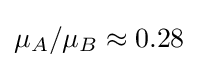
\mu _{A}/\mu _{B}\approx 0.28